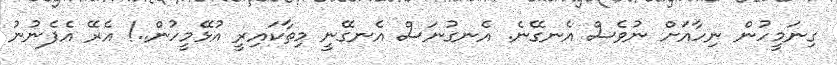
ގިނަމީހުން ނިހާއަށް ނުވެސް އެނގޭނެ. އެނގުނަސް އެނގޭނީ މިތާކައިރީ އުޅޭމީހުން..! އެރޭ އެފެނުނު